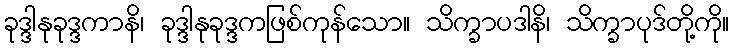
ခုဒ္ဒါနုခုဒ္ဒကာနိ၊ ခုဒ္ဒါနုခုဒ္ဒကဖြစ်ကုန်သော။ သိက္ခာပဒါနိ၊ သိက္ခာပုဒ်တို့ကို။